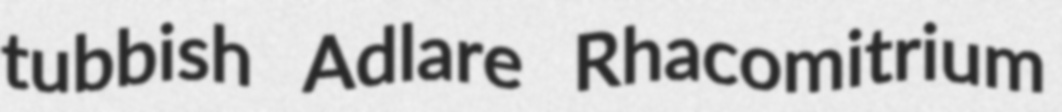
tubbish Adlare Rhacomitrium